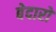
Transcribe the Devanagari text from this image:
बेदारों